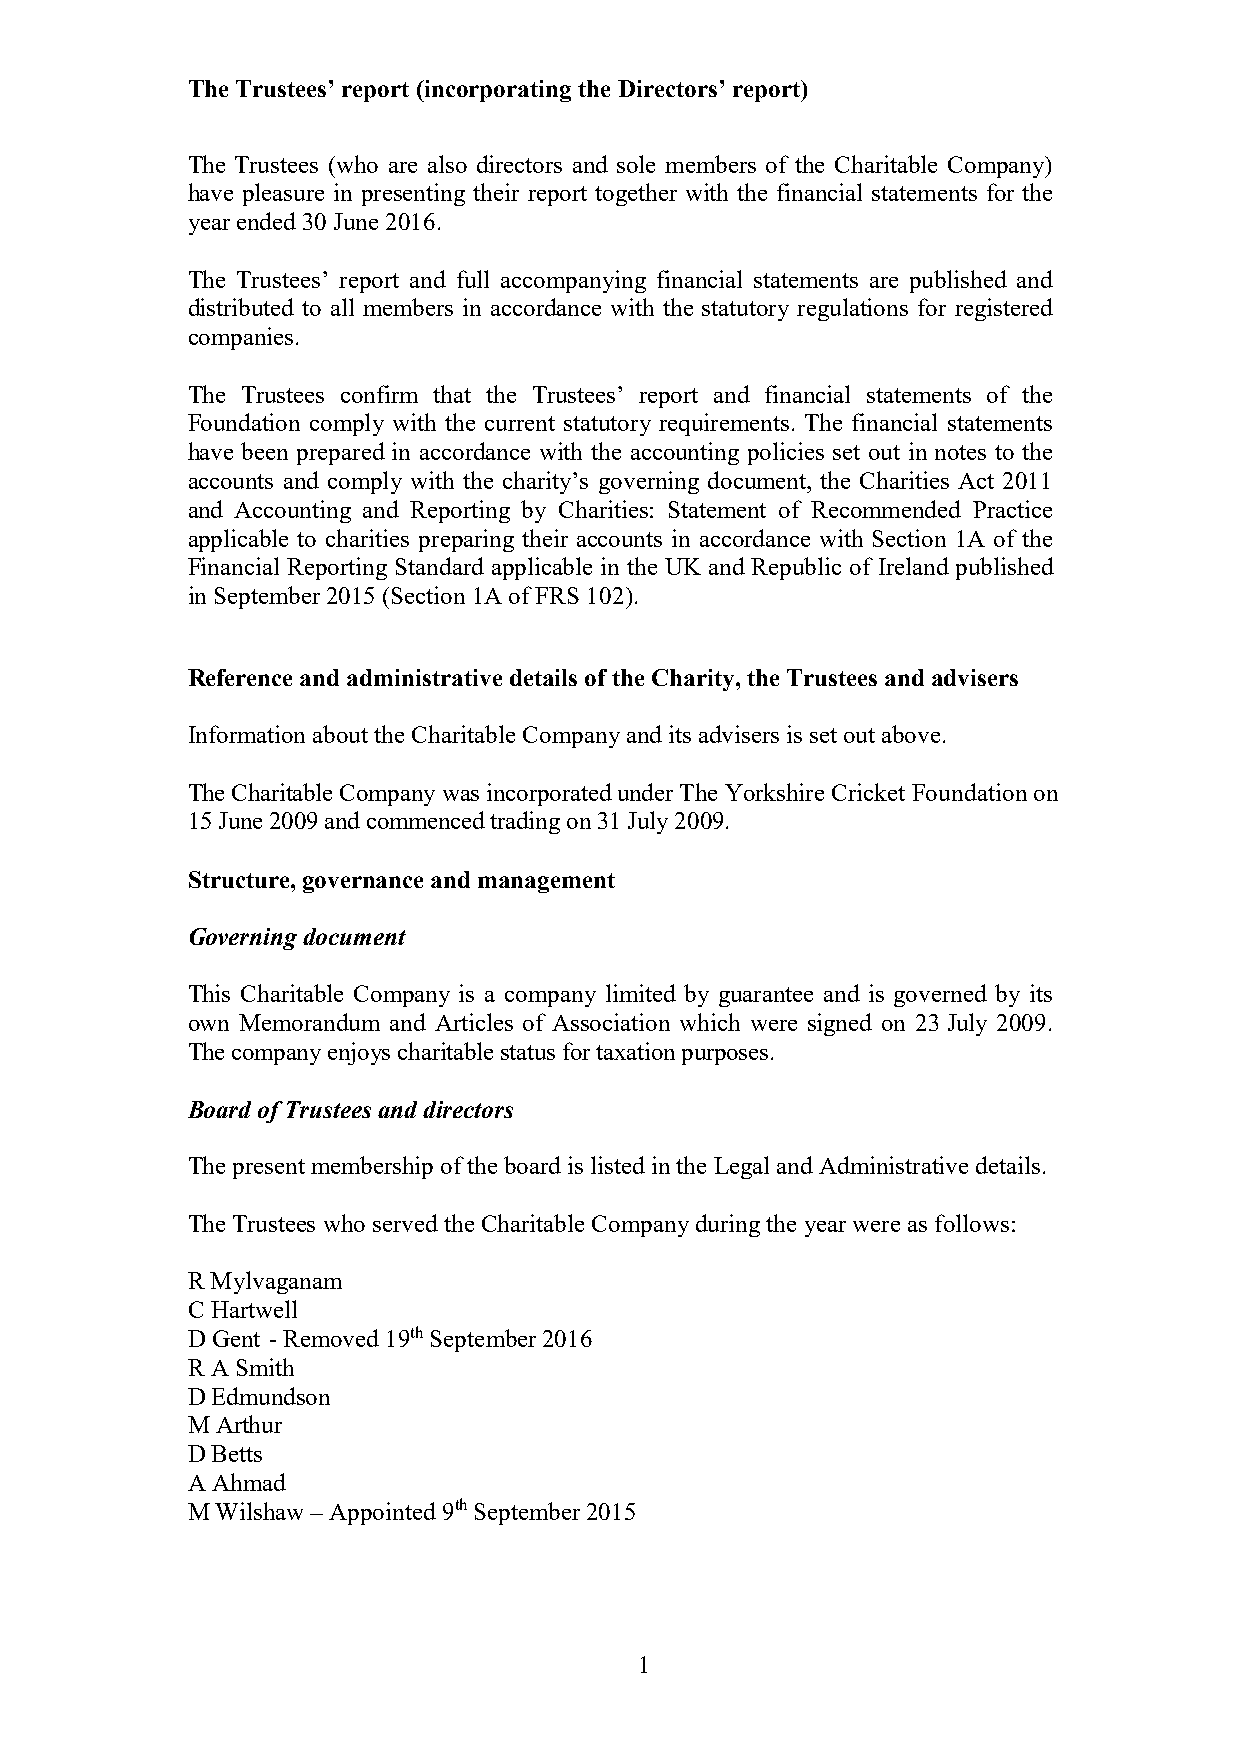
The Trustees’ report (incorporating the Directors’ report)
 The Trustees (who are also directors and sole members of the Charitable Company)
 have pleasure in presenting their report together with the financial statements for the
 year ended 30 June 2016.
 The Trustees’ report and full accompanying financial statements are published and
 distributed to all members in accordance with the statutory regulations for registered
 companies.
 The Trustees confirm that the Trustees’ report and financial statements of the
 Foundation comply with the current statutory requirements. The financial statements
 have been prepared in accordance with the accounting policies set out in notes to the
 accounts and comply with the charity’s governing document, the Charities Act 2011
 and Accounting and Reporting by Charities: Statement of Recommended Practice
 applicable to charities preparing their accounts in accordance with Section 1A of the
 Financial Reporting Standard applicable in the UK and Republic of Ireland published
 in September 2015 (Section 1A of FRS 102).
 Reference and administrative details of the Charity, the Trustees and advisers
 Information about the Charitable Company and its advisers is set out above.
 The Charitable Company was incorporated under The Yorkshire Cricket Foundation on
 15 June 2009 and commenced trading on 31 July 2009.
 Structure, governance and management
 Governing document
 This Charitable Company is a company limited by guarantee and is governed by its
 own Memorandum and Articles of Association which were signed on 23 July 2009.
 The company enjoys charitable status for taxation purposes.
 Board of Trustees and directors
 The present membership of the board is listed in the Legal and Administrative details.
 The Trustees who served the Charitable Company during the year were as follows:
 R Mylvaganam
 C Hartwell
 D Gent - Removed 19th September 2016
 R A Smith
 D Edmundson
 M Arthur
 D Betts
 A Ahmad
 M Wilshaw – Appointed 9th September 2015
 1